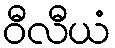
ဝီလီယံ